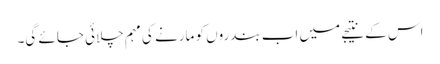
اس کے نتیجے میں اب بندروں کو مارنے کی مہم چلائی جائے گی۔